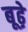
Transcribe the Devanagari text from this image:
बूढ़े़